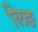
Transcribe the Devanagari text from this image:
लिङ